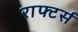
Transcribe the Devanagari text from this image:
राफ्टर्स